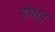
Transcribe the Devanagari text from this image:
होवाड़